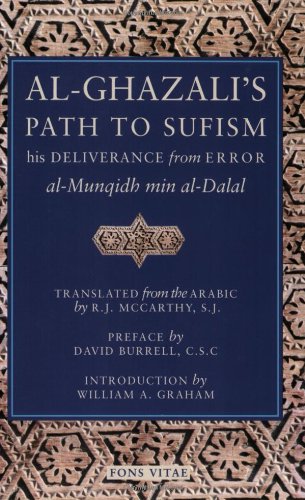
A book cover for Al-Ghazali's Path to Sufism: His Deliverance from Error (al-Munqidh min al-Dalal); Abu Hamid Muhammad al-Ghazali; Religion & Spirituality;